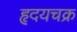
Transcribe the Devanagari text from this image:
हृदयचक्र